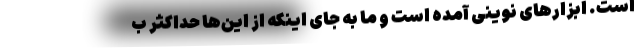
است. ابزارهای نوینی آمده است و ما به جای اینکه از این‌ها حداکثر ب